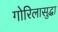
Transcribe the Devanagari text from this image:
गोरिलासुद्धा